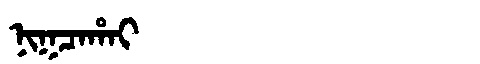
Manchu: ᠨᡳᡴᠴᠠᡥᠠᡳ
Romanization: NIKCAHAI